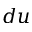
d u